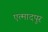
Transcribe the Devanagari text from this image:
एत्मादपुर